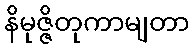
နိမုဇ္ဇိတုကာမျတာ